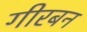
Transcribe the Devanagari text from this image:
गीरबन